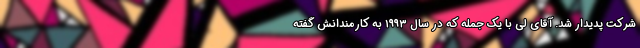
شرکت پدیدار شد. آقای لی با یک جمله که در سال ۱۹۹۳ به کارمندانش گفته